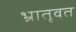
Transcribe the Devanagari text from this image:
भ्रातृवत